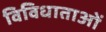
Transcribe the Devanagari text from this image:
विविधाताओं